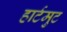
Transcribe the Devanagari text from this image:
हार्टमुट